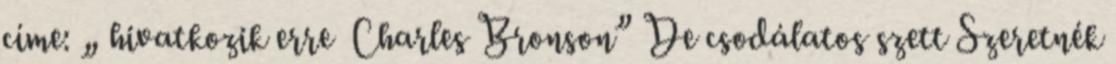
címe: „ hivatkozik erre Charles Bronson” De csodálatos szett Szeretnék